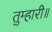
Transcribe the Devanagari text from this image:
तुम्हारी॥